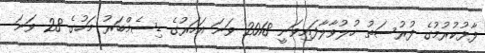
ފާޅުކުރުމުގެ ފުރުސަތު ހުލުވާލާފައިވަނީ 2018 ވަނަ އަހަރުގެ ޑިސެމްބަރު މަހުގެ 28 ވަނަ